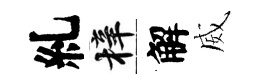
糺梓解威